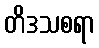
တိဒသစရာ